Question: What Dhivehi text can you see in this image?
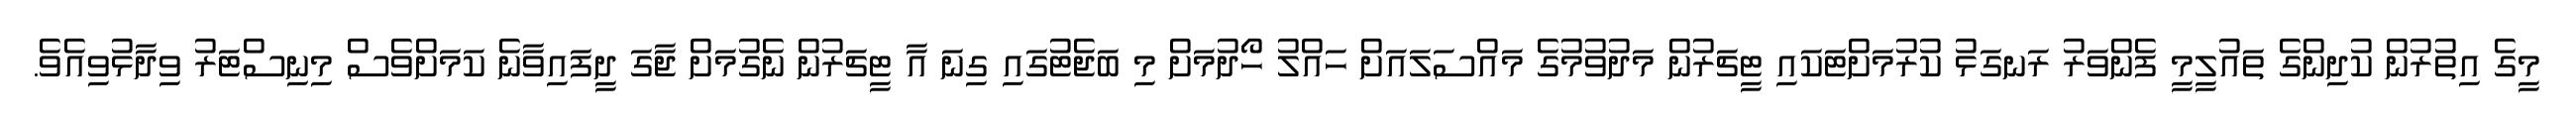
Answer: މީގެ އިތުރުން ކުދިންގެ ތައުލީމީ ފެންވަރު ރަނގަޅު ކުރުމަށްޓަކައި ޓީޗަރުން މަދުވުމުގެ މައްސަލައަށް ހައްލު ހޯދުމަށް މި ބަޖެޓުގައި ގިނަ އާ ޓީޗަރުން ނެގުމަށް ޖާގަ ދީފައިވާނެ ކަމަށްވެސް މިނިސްޓަރު ވިދާޅުވިއެވެ.